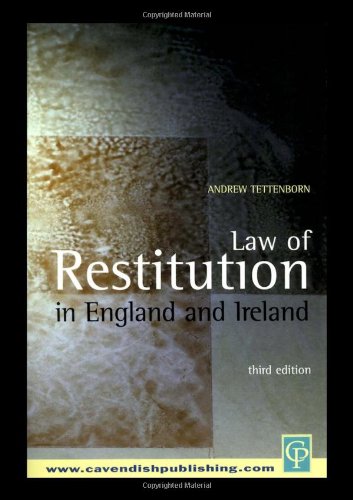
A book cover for Law of Restitution in England and Ireland; Andrew Tettenborn; Law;